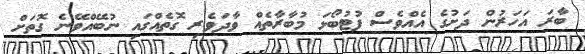
ބާރަ އަހަރުން ދަށުގެ އެއްވެސް ފުޓުބޯޅަ މުބާރާތެއް ވާދަވެރި ގޮތެއްގައި ނުބޭއްވޭނެ ގޮތަށް